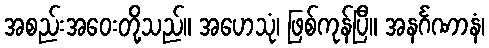
အစည်းအဝေးတို့သည်။ အဟေသုံ၊ ဖြစ်ကုန်ပြီ။ အနင်္ဂဏာနံ၊